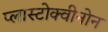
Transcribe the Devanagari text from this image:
प्लास्टोक्वीनोन